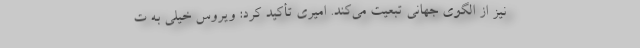
نیز از الگوی جهانی تبعیت می‌کند. امیری تأکید کرد: ویروس خیلی به ت